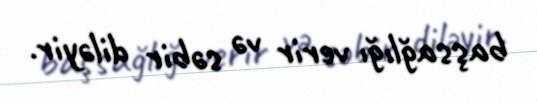
başsağlığı verir və səbir diləyir.